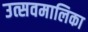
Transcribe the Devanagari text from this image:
उत्सवमालिका